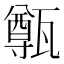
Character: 𤮐